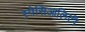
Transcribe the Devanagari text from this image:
स्पेसिआलिटी